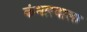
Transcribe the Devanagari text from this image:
कंधारवाला